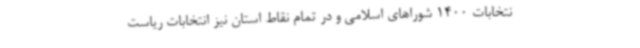
نتخابات 1400 شوراهای اسلامی و در تمام نقاط استان نیز انتخابات ریاست